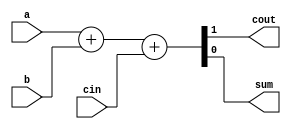
//Now that you know how to build a full adder, make 3 instances of it to create a 3-bit binary ripple-carry adder. 
//The adder adds two 3-bit numbers and a carry-in to produce a 3-bit sum and carry out. To encourage you to actually 
//instantiate full adders, also output the carry-out from each full adder in the ripple-carry adder. cout[2] is the final 
//carry-out from the last full adder, and is the carry-out you usually see.

module fadd( 
    input a, b, cin,
    output cout, sum );
    
    assign {cout,sum} = a + b + cin;
    
endmodule

module top_module( 
    input [2:0] a, b,
    input cin,
    output [2:0] cout,
    output [2:0] sum );
    
    fadd inst1(.a(a[0]),
               .b(b[0]),
               .cin(cin),
               .cout(cout[0]),
               .sum(sum[0]));
              
    fadd inst2(.a(a[1]),
               .b(b[1]),
               .cin(cout[0]),
               .cout(cout[1]),
               .sum(sum[1]));
              
    fadd inst3(.a(a[2]),
               .b(b[2]),
               .cin(cout[1]),
               .cout(cout[2]),
               .sum(sum[2]));

endmodule